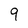
Character: 9